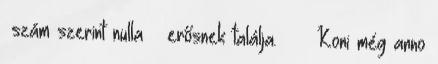
–szám szerint nulla – erősnek találja. Koni még anno